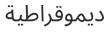
ديموقراطية